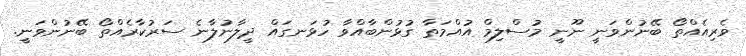
ވެރިއެއްތޯ ބޭނުންވަނީ ނޫނީ މުސްލިމް އުއްމަތާ ގުޅުންބާއްވާ ހުޅަނގައް ދީލާނުލާނެ ސަރުކާރެއްތޯ ބޭނުންވަނީ.